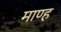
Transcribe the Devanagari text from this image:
माण्ह